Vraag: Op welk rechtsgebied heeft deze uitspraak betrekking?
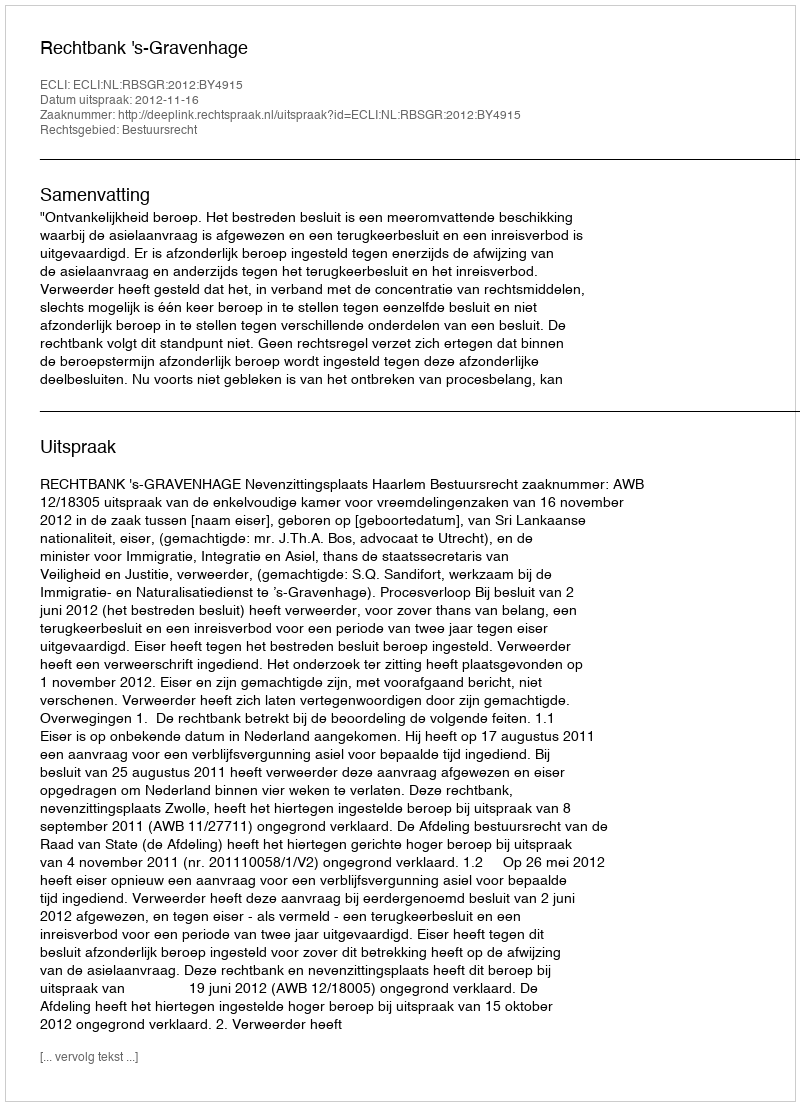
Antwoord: Bestuursrecht